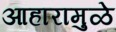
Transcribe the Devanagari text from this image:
आहारामुळे